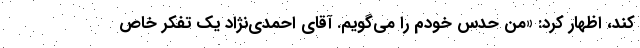
کند، اظهار کرد: «من حدس خودم را می‌گویم. آقای احمدی‌نژاد یک تفکر خاص